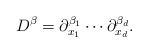
LaTeX: \begin{align*}D^{\beta} = \partial_{x_1}^{\beta_1}\cdots \partial_{x_d}^{\beta_d}.\end{align*}